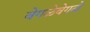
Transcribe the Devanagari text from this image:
वेगळेवेगळे